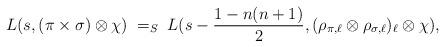
LaTeX: \begin{align*}L(s,(\pi\times\sigma)\otimes\chi)\;=_S\;L(s-\frac{1-n(n+1)}{2},(\rho_{\pi,\ell}\otimes\rho_{\sigma,\ell})_\ell\otimes\chi),\end{align*}